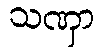
သဏှာ